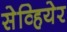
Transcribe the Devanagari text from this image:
सेव्हियेर